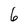
Character: 6